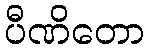
ပီဏိတော